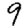
Digit: 9